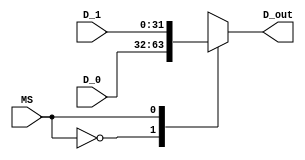
`timescale 1ns / 1ps
//////////////////////////////////////////////////////////////////////////////////
//Company: ITCR
// 
// 
// Module Name: Mux_2x1
// Project Name: 
// Target Devices: 
// Tool Versions: 
// Description: 
// 
// Dependencies: 
// 
// Revision:
// Revision 0.01 - File Created
// Additional Comments:
// 
//////////////////////////////////////////////////////////////////////////////////


module Mux_2x1 #(parameter P=32) //MULTIPLEXOR 2X1  DE 32 BITS 
(
//Input Signals
input wire MS, // SELECTOR
input wire [P-1:0] D_0, //DATO DE EN LA ENTRADA 0
input wire [P-1:0] D_1, //DATO DE EN LA ENTRADA 1

//Output Signals
output reg [P-1:0] D_out //SALIDA 
);

    always @*
        begin
            case(MS)
                1'b0: D_out = D_0;
                1'b1: D_out = D_1;
                default : D_out = D_0;
            endcase
        end

endmodule